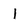
Character: l